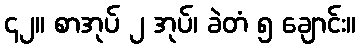
၄၂။ စာအုပ် ၂ အုပ်၊ ခဲတံ ၅ ချောင်း။